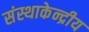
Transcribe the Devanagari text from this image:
संस्थाकेन्द्रीय